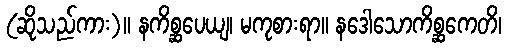
(ဆိုသည်ကား)။ နကိစ္ဆပေယျ၊ မကုစားရာ။ နဒေါသောကိစ္ဆကေတိ၊